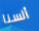
ألسنا